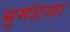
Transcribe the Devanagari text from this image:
भूमंडळा